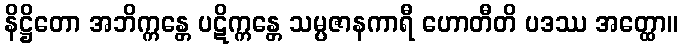
နိဋ္ဌိတော အဘိက္ကန္တေ ပဋိက္ကန္တေ သမ္ပဇာနကာရီ ဟောတီတိ ပဒဿ အတ္ထော။